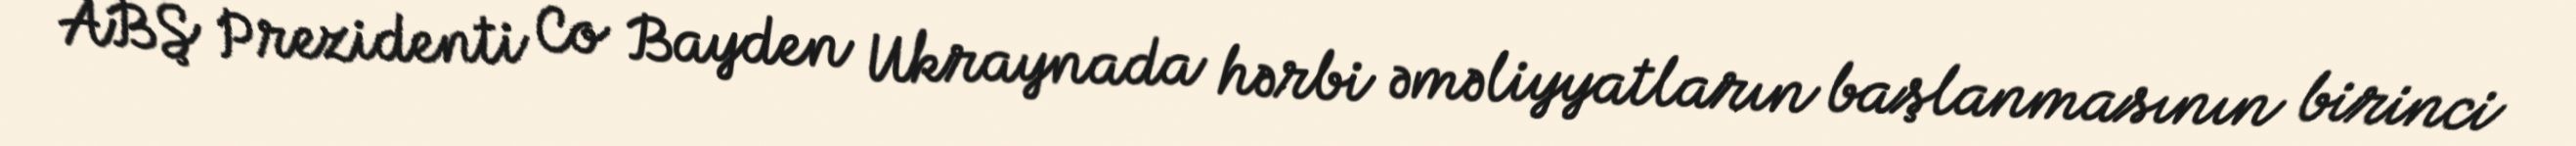
ABŞ Prezidenti Co Bayden Ukraynada hərbi əməliyyatların başlanmasının birinci